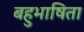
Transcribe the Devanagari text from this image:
बहुभाषिता